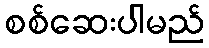
စစ်ဆေးပါမည်